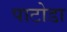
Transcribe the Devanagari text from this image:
पाटोडा